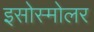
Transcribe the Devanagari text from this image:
इसोस्मोलर